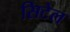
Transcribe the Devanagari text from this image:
सिटेल